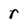
Character: r